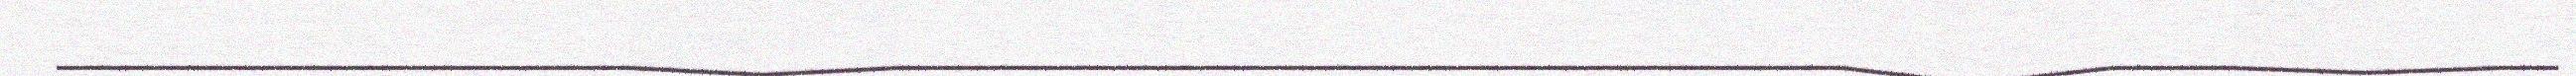
_________________________________________________________________________